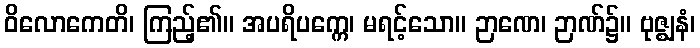
ဝိလောကေတိ၊ ကြည့်၏။ အပရိပက္ကေ၊ မရင့်သော။ ဉာဏေ၊ ဉာဏ်၌။ ဗုဇ္ဈနံ၊